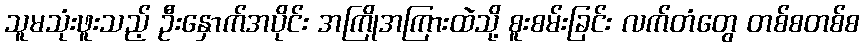
သူမသုံးဖူးသည့် ဦးနှောက်အပိုင်း အကြိုအကြားထဲသို့ စူးစမ်းခြင်း လက်တံတွေ တစ်စတစ်စ